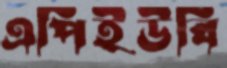
এপিইউবি